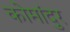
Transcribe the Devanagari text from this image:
कोमांदुर